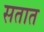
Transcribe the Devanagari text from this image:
सतात